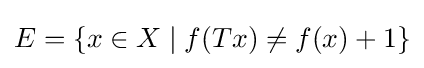
\textstyle E=\{x\in X\mid f(Tx)\neq f(x)+1\}